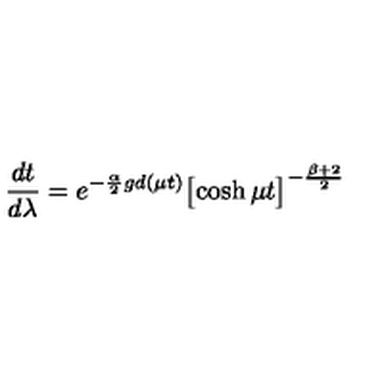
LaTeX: \frac { d t } { d \lambda } = e ^ { - \frac { \alpha } { 2 } g d ( \mu t ) } \bigl [ \cosh { \mu t } \bigr ] ^ { - \frac { \beta + 2 } { 2 } }